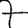
Digit: 7